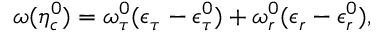
\omega ( \eta _ { c } ^ { 0 } ) = \omega _ { \tau } ^ { 0 } ( \epsilon _ { \tau } - \epsilon _ { \tau } ^ { 0 } ) + \omega _ { r } ^ { 0 } ( \epsilon _ { r } - \epsilon _ { r } ^ { 0 } ) ,